Statistical return of the lunatic asylum in Assam - 1912-1932
Year: 1912
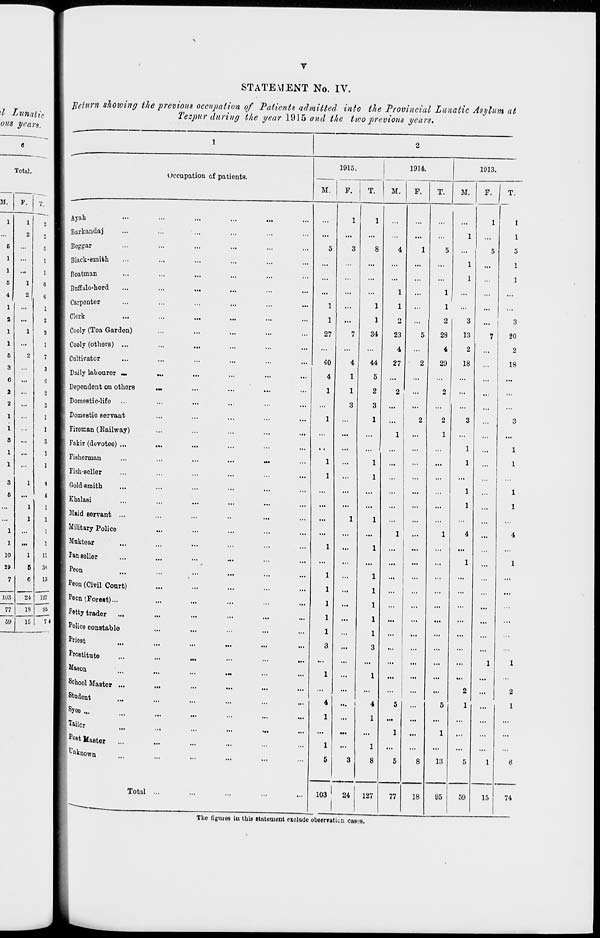
STATEMENT No. IV.
\l Lunatic
ous years.
Total.
M.
P.
1
1
2
6
...
1
...
1
...
5
1
4
2
1
2
1
1
6
3
6
2
2
1
1
3
1
1
3
5
1
1
10
29
7
103
77
09
S
1
1
6
6
1
2
2
1
7
3
e
2
1
1
s
1
1
1 I
4
. '
t
24
18
16
1
1
1
1
11
3-1
13
127
85
JLelitTto showing the previous occupation of Patients admitted into the Provincial Lunatic Asylum at
Tezpur during the year 1915 and the two previous years.
Ayah
Barkandaj
Boggar
Black-smith
Boatman
Buffalo-herd
Carpenter
Clerk
Cooly (Tea Garden)
Cooly (others) ...
Cultivator
Daily labourer —
Dependent on others
Domeetic-lifo
Domestic servant
Fireman (Railway)
Fakir (devotee) ...
Fishorman
Fish-seller
Goldsmith
Khalasi
Maid servant ...
Military Police
Mnktear
Fan seller
Peon
p eon (Civil Court)
p eon (Forest)...
Petty trader
Police constable
Priost
Prostitute
Mason
School Mastor ...
Student
s y°e...
Tailor
Po 8tHaster
...
Unknown
Occupation of patients.
Total ...
1915.
M.
F.
T.
1914.
1913.
M.
F.
T.
M.
1
1
27
40
4
1
1
1
34
44
5
2
3
1
1
1
o
23
4
27
4
... (
4
1
...
1
...
...
...
1
1
5
3
8
103
24
127
77
1
2
28
4
29
18
13
95
3
13
2
18
2
3
1
...
1
•
1
'
1
1
59
15
3
20
2
18
2
1
74
The figures in thia Btnteruent exclude observation cas^s.